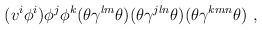
LaTeX: \begin{align*}( v^i \phi^i ) \phi^j \phi^k(\theta \gamma^{lm} \theta ) (\theta \gamma^{jln} \theta )(\theta \gamma^{kmn} \theta ) ~ ,\end{align*}